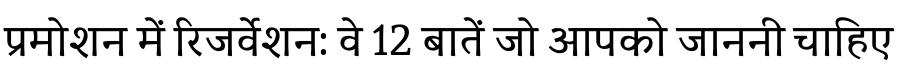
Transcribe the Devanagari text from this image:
प्रमोशन में रिजर्वेशन: वे 12 बातें जो आपको जाननी चाहिए